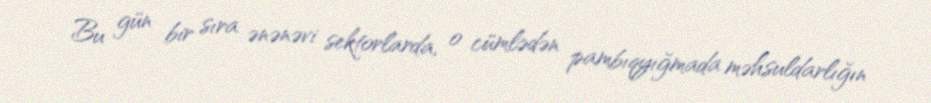
Bu gün bir sıra ənənəvi sektorlarda, o cümlədən pambıqyığmada məhsuldarlığın